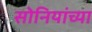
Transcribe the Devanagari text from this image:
सोनियांच्या